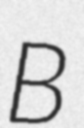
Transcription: B